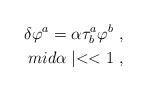
\begin{align*}\delta \varphi^{a} = \alpha \tau_{b}^{a} \varphi^{b} \ , \\mid \alpha \mid << 1 \ ,\end{align*}